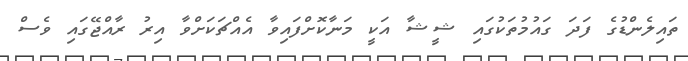
ތައިލެންޑުގެ ފަދަ ގައުމުތަކުގައި ޝީޝާ އަކީ މަނާކޮށްފައިވާ އެއްޗަކަށްވާ އިރު ރާއްޖޭގައި ވެސް